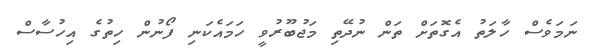
ނަމަވެސް ހާލަތު އެގޮތަށް ތަން ނުދޭތި މަޖުބޫރުވީ ހަމައެކަނި ފޯނުން ހިތުގެ އިހުސާސް